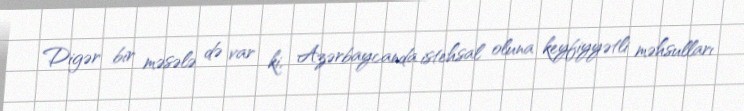
Digər bir məsələ də var ki, Azərbaycanda istehsal oluna keyfiyyətli məhsulları